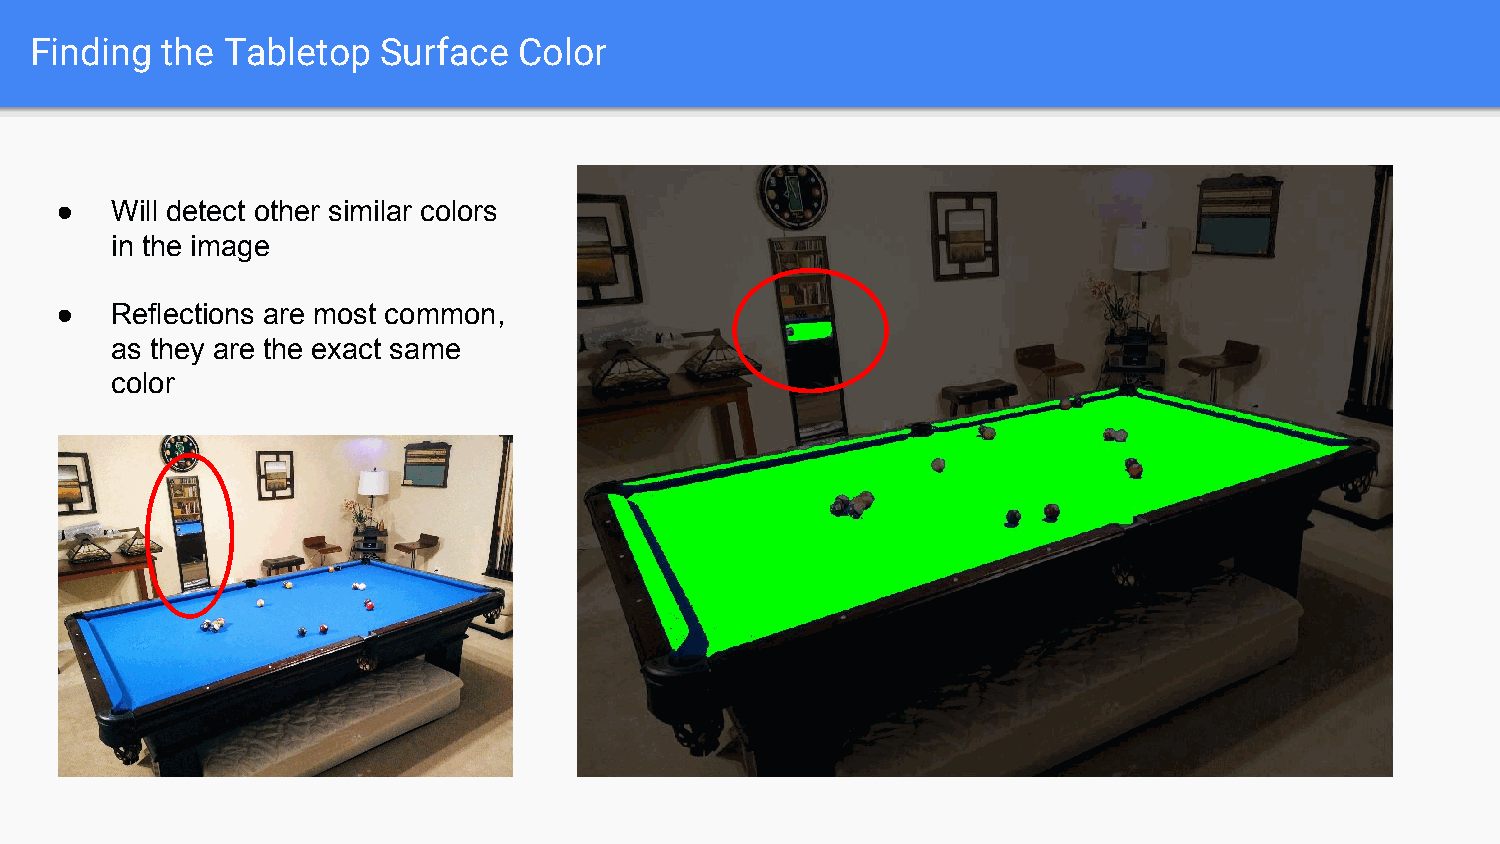
Finding  the Tabletop  Surface  Color
 ●  Will detect other similar colors
 in the image
 ●  Reflections are most common,
 as they are the exact same
 color